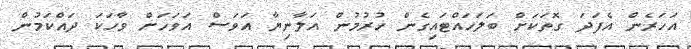
އަހަރެން އެފަދަ ގޮތަކަށް ބަލަހައްޓައިގެން ހުރުމުން އަލާނިޔާ އަވަސް އަވަހަށް ވާހަކަ ދައްކަމުން